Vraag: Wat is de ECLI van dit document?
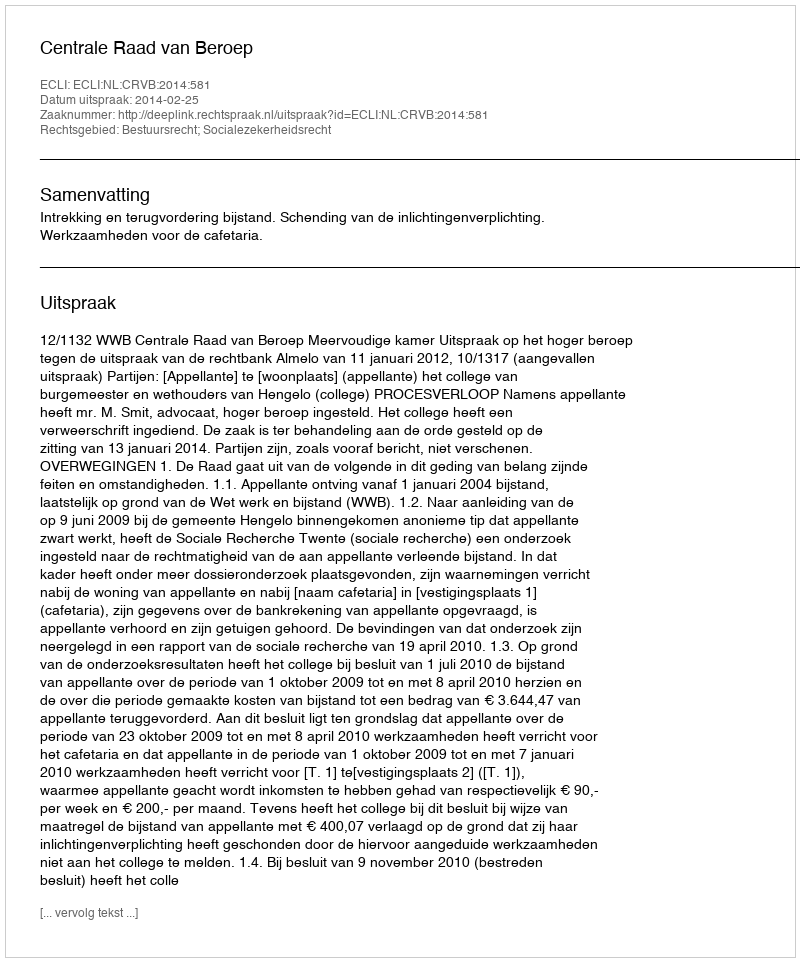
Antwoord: ECLI:NL:CRVB:2014:581